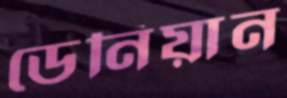
ডেনিয়ান